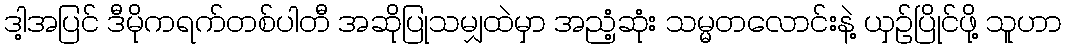
ဒါ့အပြင် ဒီမိုကရက်တစ်ပါတီ အဆိုပြုသမျှထဲမှာ အညံ့ဆုံး သမ္မတလောင်းနဲ့ ယှဉ်ပြိုင်ဖို့ သူဟာ